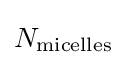
N_{\mathrm {micelles} }